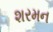
શરમન